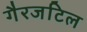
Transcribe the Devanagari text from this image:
गैरजटिल